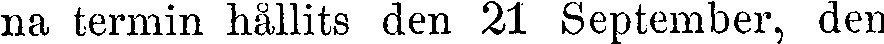
na termin hållits den 21 September, den